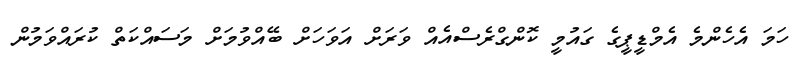
ހަމަ އެހެންމެ އެމްޑީޕީގެ ގައުމީ ކޮންގްރެސްއެއް ވަރަށް އަވަހަށް ބޭއްވުމަށް މަސައްކަތް ކުރައްވަމުން